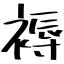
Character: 褥